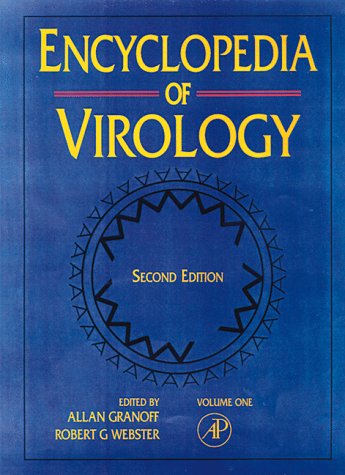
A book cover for Encyclopedia of Virology, 2nd Edition (3 Volume Set); Medical Books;